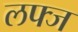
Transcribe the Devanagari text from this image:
लफ्ज